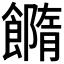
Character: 𩞢